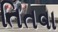
તિતવા